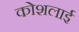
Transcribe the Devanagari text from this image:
कोशलाई